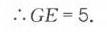
\(\therefore GE = 5.\)